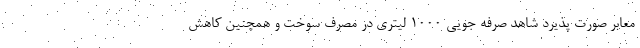
معابر صورت پذیرد شاهد صرفه جویی 1000 لیتری در مصرف سوخت و همچنین کاهش